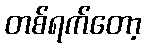
တစ်ရက်တော့